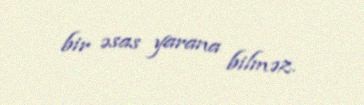
bir əsas yarana bilməz.